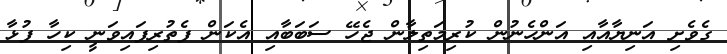
ގެވެށި އަނިޔާއާއި އަންހެނުން ކުރިމަތިލާން ޖެހޭ ސަބަބާއި އެކަން ފެތުރިފައިވަނީ ކިހާ ފުޅާ